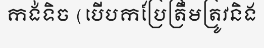
កង់ទិច (បើបកប្រែត្រឹមត្រូវនិង